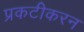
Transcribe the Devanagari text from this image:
प्रकटीकरन